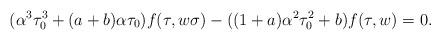
LaTeX: \begin{align*}(\alpha^3\tau_0^3 + (a + b)\alpha\tau_0)f(\tau, w\sigma) - ((1 + a)\alpha^2 \tau_0^2 + b)f(\tau, w)= 0 .\end{align*}